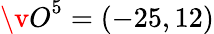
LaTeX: {\v O}^{5}=(-25,12)